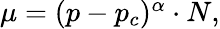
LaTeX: \begin{array}{r}{\mu=(p-p_{c})^{\alpha}\cdot N,}\end{array}